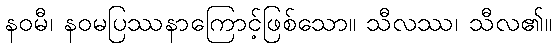
နဝမီ၊ နဝမပြဿနာကြောင့်ဖြစ်သော။ သီလဿ၊ သီလ၏။